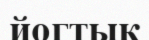
йогтык